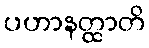
ပဟာနတ္ထာတိ